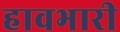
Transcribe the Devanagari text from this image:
हावभारी